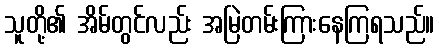
သူတို့၏ အိမ်တွင်လည်း အမြဲတမ်းကြားနေကြရသည်။